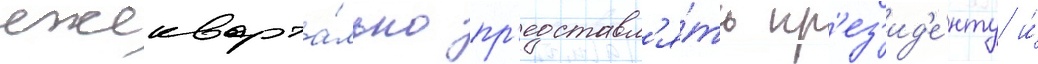
ежекварта́льно пр'едставл'я́ть пр'ез'ид'е́нту и́